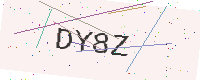
Text: DY8Z